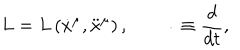
LaTeX: L = L \left( \dot { x } ^ { \mu } , \ddot { x } ^ { \mu } \right) , \qquad \dot { } \equiv \frac { d } { d t } ,